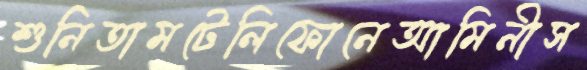
শুনিতামটেলিফোনেআমিনীস